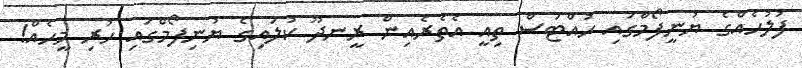
ފުލުހެއްގެ ޔުނީފޯމްގައި ހުއްޓަސް ތިއީ އެތެރެއިން ރީނދޫ ކުލައިގެ ޔުނިފޯމްގައި ހުރި މީހެއް!